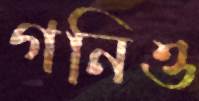
গনিও